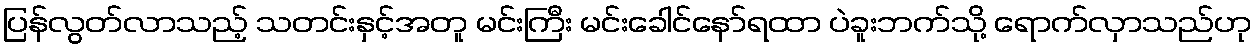
ပြန်လွတ်လာသည့် သတင်းနှင့်အတူ မင်းကြီး မင်းခေါင်နော်ရထာ ပဲခူးဘက်သို့ ရောက်လှာသည်ဟု